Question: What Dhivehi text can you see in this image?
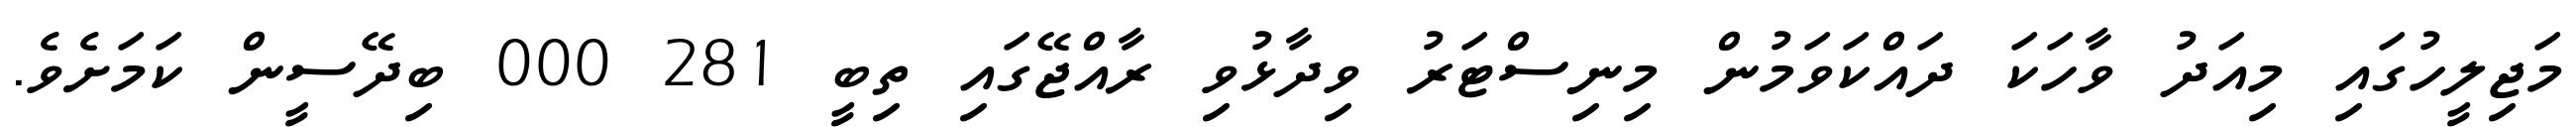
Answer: މަޖިލީހުގައި މިއަދު ވާހަކަ ދައްކަވަމުން މިނިސްޓަރު ވިދާޅުވި ރާއްޖޭގައި ތިބީ 281 000 ބިދޭސީން ކަމަށެވެ.